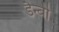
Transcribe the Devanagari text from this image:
डैन्बी